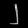
Digit: ၂